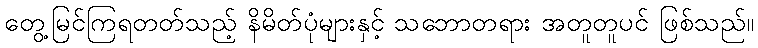
တွေ့မြင်ကြရတတ်သည့် နိမိတ်ပုံများနှင့် သဘောတရား အတူတူပင် ဖြစ်သည်။